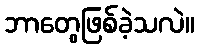
ဘာတွေဖြစ်ခဲ့သလဲ။